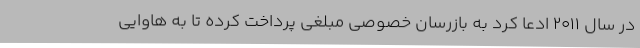
در سال 2011 ادعا کرد به بازرسان خصوصی مبلغی پرداخت کرده تا به هاوایی